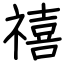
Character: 禧